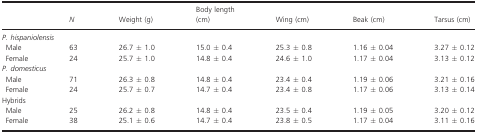
|  | N | Weight (g) | Body length (cm) | Wing (cm) | Beak (cm) | Tarsus (cm) |
 | --- | --- | --- | --- | --- | --- | --- |
 | <COLSPAN=7> P. hispaniolensis |
 | Male | 63 | 26.7 ± 1.0 | 15.0 ± 0.4 | 25.3 ± 0.8 | 1.16 ± 0.04 | 3.27 ± 0.12 |
 | Female | 24 | 25.7 ± 1.0 | 14.8 ± 0.4 | 24.6 ± 1.0 | 1.17 ± 0.04 | 3.13 ± 0.12 |
 | <COLSPAN=7> P. domesticus |
 | Male | 71 | 26.3 ± 0.8 | 14.8 ± 0.4 | 23.4 ± 0.4 | 1.19 ± 0.06 | 3.21 ± 0.16 |
 | Female | 24 | 25.7 ± 0.7 | 14.7 ± 0.4 | 23.4 ± 0.8 | 1.17 ± 0.06 | 3.13 ± 0.14 |
 | <COLSPAN=7> Hybrids |
 | Male | 25 | 26.2 ± 0.8 | 14.8 ± 0.4 | 23.5 ± 0.4 | 1.19 ± 0.05 | 3.20 ± 0.12 |
 | Female | 38 | 25.1 ± 0.6 | 14.7 ± 0.4 | 23.8 ± 0.5 | 1.17 ± 0.04 | 3.11 ± 0.16 |